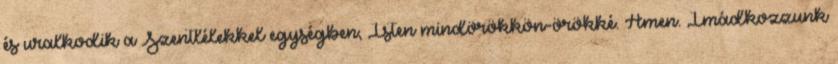
és uralkodik a Szentlélekkel egységben, Isten mindörökkön-örökké. Ámen. Imádkozzunk